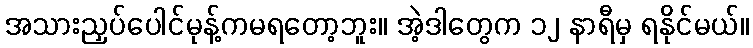
အသားညှပ်ပေါင်မုန့်ကမရတော့ဘူး။ အဲ့ဒါတွေက ၁၂ နာရီမှ ရနိုင်မယ်။